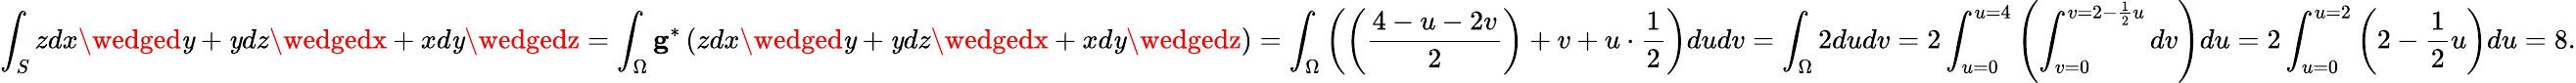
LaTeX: \int_{S}zdx\wedged\mathit{y}+\mathit{y}dz\wedgedx+xd\mathit{y}\wedgedz=\int_{\Omega}\mathbf{{g}}^{*}\left(zdx\wedged\mathit{y}+\mathit{y}dz\wedgedx+xd\mathit{y}\wedgedz\right)=\int_{\Omega}\left(\left(\frac{{4-u-2v}}{{2}}\right)+v+u\cdot\frac{{1}}{{2}}\right)dudv=\int_{\Omega}2dudv=2\int_{u=0}^{u=4}\left(\int_{v=0}^{v=2-\frac{{1}}{{2}}u}dv\right)du=2\int_{u=0}^{u=2}\left(2-\frac{{1}}{{2}}u\right)du=8.